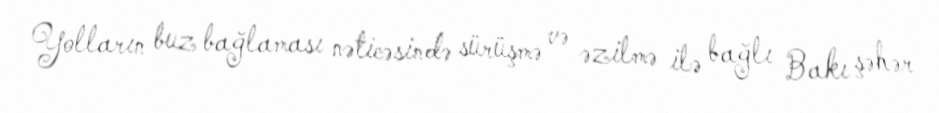
Yolların buz bağlaması nəticəsində sürüşmə və əzilmə ilə bağlı Bakı şəhər